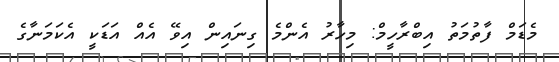
މެޑަމް ފާތުމަތު އިބްރާހީމް: މިހާރު އެންމެ ގިނައިން އިވޭ އެއް އަޑަކީ އެކަމަނާގެ